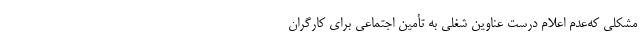
مشکلی که‌عدم اعلام درست عناوین شغلی به تأمین اجتماعی برای کارگران